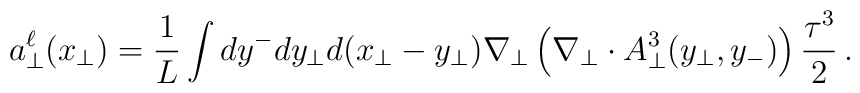
{a}_{\bot}^{\ell}(x_{\bot}) = \frac{1}{L} \int dy^- dy_{\bot}d(x_{\bot}-y_{\bot}) \nabla_{\bot}\left( \nabla_{\bot} \cdot A_{\bot}^3({y}_{\bot}, y_-) \right) \frac{\tau^3}{2} \,.